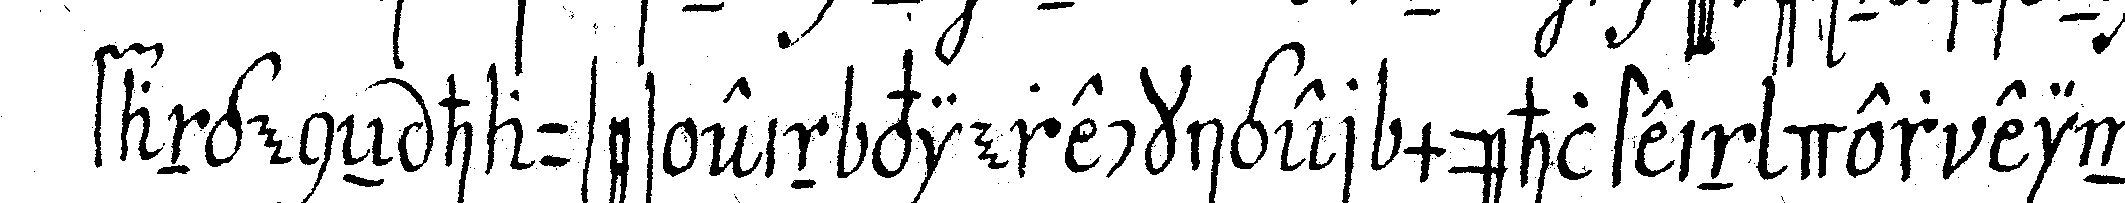
fangeneN hauses ein viereckiger mühlstein der ein